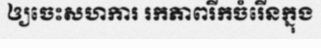
ឲ្យចេះសហការ រកភាពរីកចំរើនក្នុង